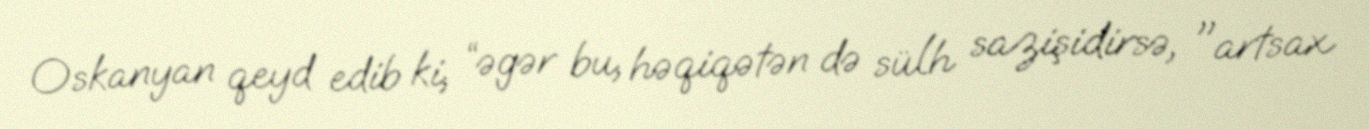
Oskanyan qeyd edib ki, “əgər bu, həqiqətən də sülh sazişidirsə, "artsax